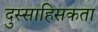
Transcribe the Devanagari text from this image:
दुस्साहिसकता